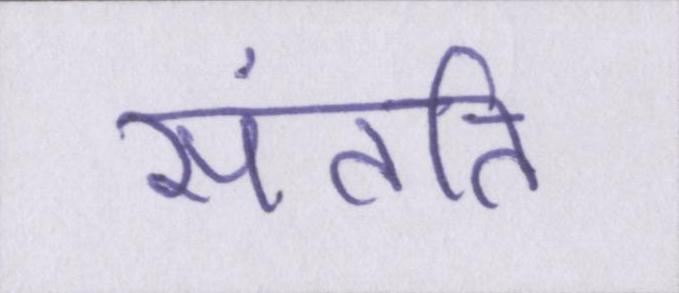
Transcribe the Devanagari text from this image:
संतति